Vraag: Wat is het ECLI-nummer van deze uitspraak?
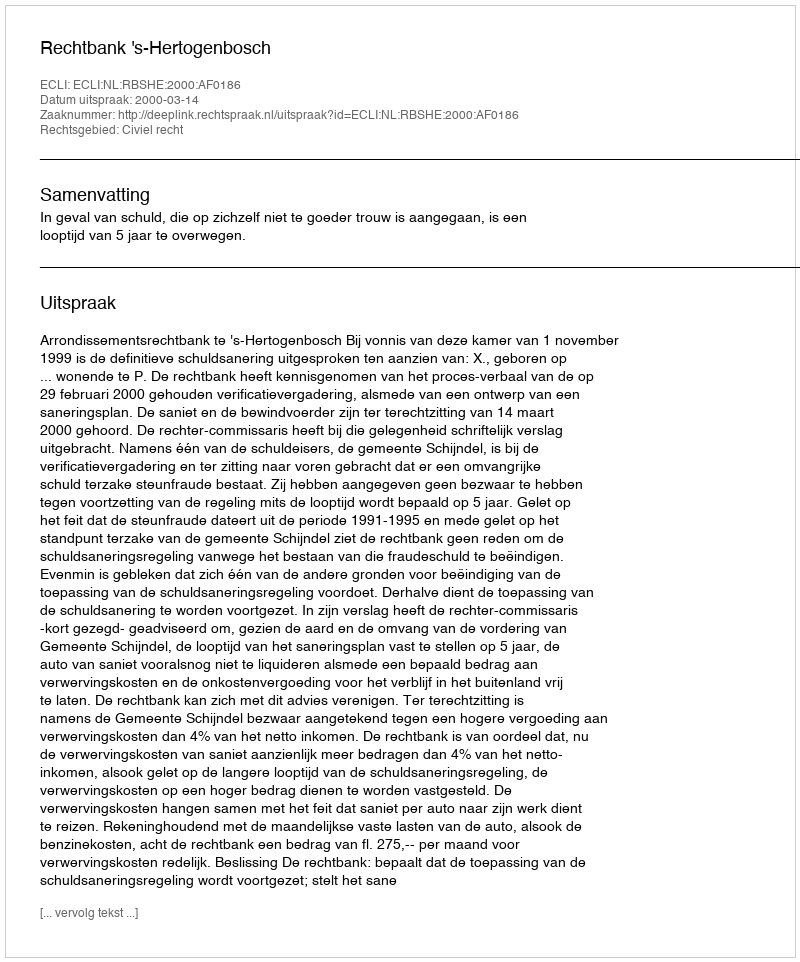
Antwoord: ECLI:NL:RBSHE:2000:AF0186